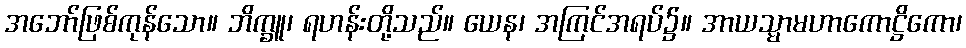
အဘော်ဖြစ်ကုန်သော။ ဘိက္ခူ၊ ရဟန်းတို့သည်။ ယေန၊ အကြင်အရပ်၌။ အာယသ္မာမဟာကောဋ္ဌိကော၊